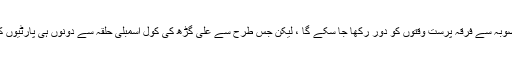
اترپردیش میں کانگریس ایس پی اتحاد کے بعد لوگوں کو امید ہے کہ اب صوبہ سے فرقہ پرست وقتوں کو دور رکھا جا سکے گا ، لیکن جس طرح سے علی گڑھ کی کول اسمبلی حلقہ سے دونوں ہی پارٹیوں کے امیدواروں نے کاغذات داخل کیے ہیں ، اس نے سبھی کوحیران کردیا ۔